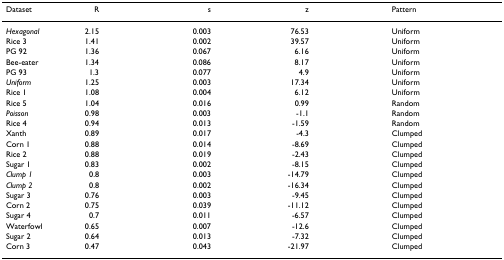
<table><thead><tr><td><b>Dataset</b></td><td><b>R</b></td><td><b>s</b></td><td><b>z</b></td><td><b>Pattern</b></td></tr></thead><tbody><tr><td><i>Hexagonal</i></td><td>2.15</td><td>0.003</td><td>76.53</td><td>Uniform</td></tr><tr><td>Rice 3</td><td>1.41</td><td>0.002</td><td>39.57</td><td>Uniform</td></tr><tr><td>PG 92</td><td>1.36</td><td>0.067</td><td>6.16</td><td>Uniform</td></tr><tr><td>Bee-eater</td><td>1.34</td><td>0.086</td><td>8.17</td><td>Uniform</td></tr><tr><td>PG 93</td><td>1.3</td><td>0.077</td><td>4.9</td><td>Uniform</td></tr><tr><td><i>Uniform</i></td><td>1.25</td><td>0.003</td><td>17.34</td><td>Uniform</td></tr><tr><td>Rice 1</td><td>1.08</td><td>0.004</td><td>6.12</td><td>Uniform</td></tr><tr><td>Rice 5</td><td>1.04</td><td>0.016</td><td>0.99</td><td>Random</td></tr><tr><td><i>Poisson</i></td><td>0.98</td><td>0.003</td><td>-1.1</td><td>Random</td></tr><tr><td>Rice 4</td><td>0.94</td><td>0.013</td><td>-1.59</td><td>Random</td></tr><tr><td>Xanth</td><td>0.89</td><td>0.017</td><td>-4.3</td><td>Clumped</td></tr><tr><td>Corn 1</td><td>0.88</td><td>0.014</td><td>-8.69</td><td>Clumped</td></tr><tr><td>Rice 2</td><td>0.88</td><td>0.019</td><td>-2.43</td><td>Clumped</td></tr><tr><td>Sugar 1</td><td>0.83</td><td>0.002</td><td>-8.15</td><td>Clumped</td></tr><tr><td><i>Clump 1</i></td><td>0.8</td><td>0.003</td><td>-14.79</td><td>Clumped</td></tr><tr><td><i>Clump 2</i></td><td>0.8</td><td>0.002</td><td>-16.34</td><td>Clumped</td></tr><tr><td>Sugar 3</td><td>0.76</td><td>0.003</td><td>-9.45</td><td>Clumped</td></tr><tr><td>Corn 2</td><td>0.75</td><td>0.039</td><td>-11.12</td><td>Clumped</td></tr><tr><td>Sugar 4</td><td>0.7</td><td>0.011</td><td>-6.57</td><td>Clumped</td></tr><tr><td>Waterfowl</td><td>0.65</td><td>0.007</td><td>-12.6</td><td>Clumped</td></tr><tr><td>Sugar 2</td><td>0.64</td><td>0.013</td><td>-7.32</td><td>Clumped</td></tr><tr><td>Corn 3</td><td>0.47</td><td>0.043</td><td>-21.97</td><td>Clumped</td></tr></tbody></table>